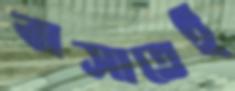
বাসাতেই